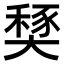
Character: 𡙾